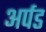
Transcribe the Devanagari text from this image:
अर्पड